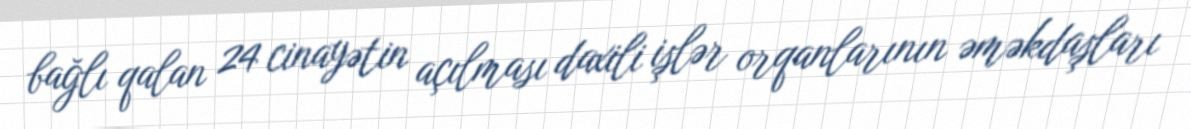
bağlı qalan 24 cinayətin açılması daxili işlər orqanlarının əməkdaşları